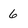
Character: 6